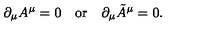
\partial _ { \mu } A ^ { \mu } = 0 \quad \mathrm { o r } \quad \partial _ { \mu } \tilde { A } ^ { \mu } = 0 .